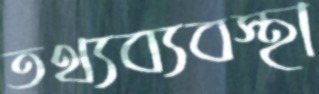
তথ্যব্যবস্থা